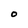
Character: O